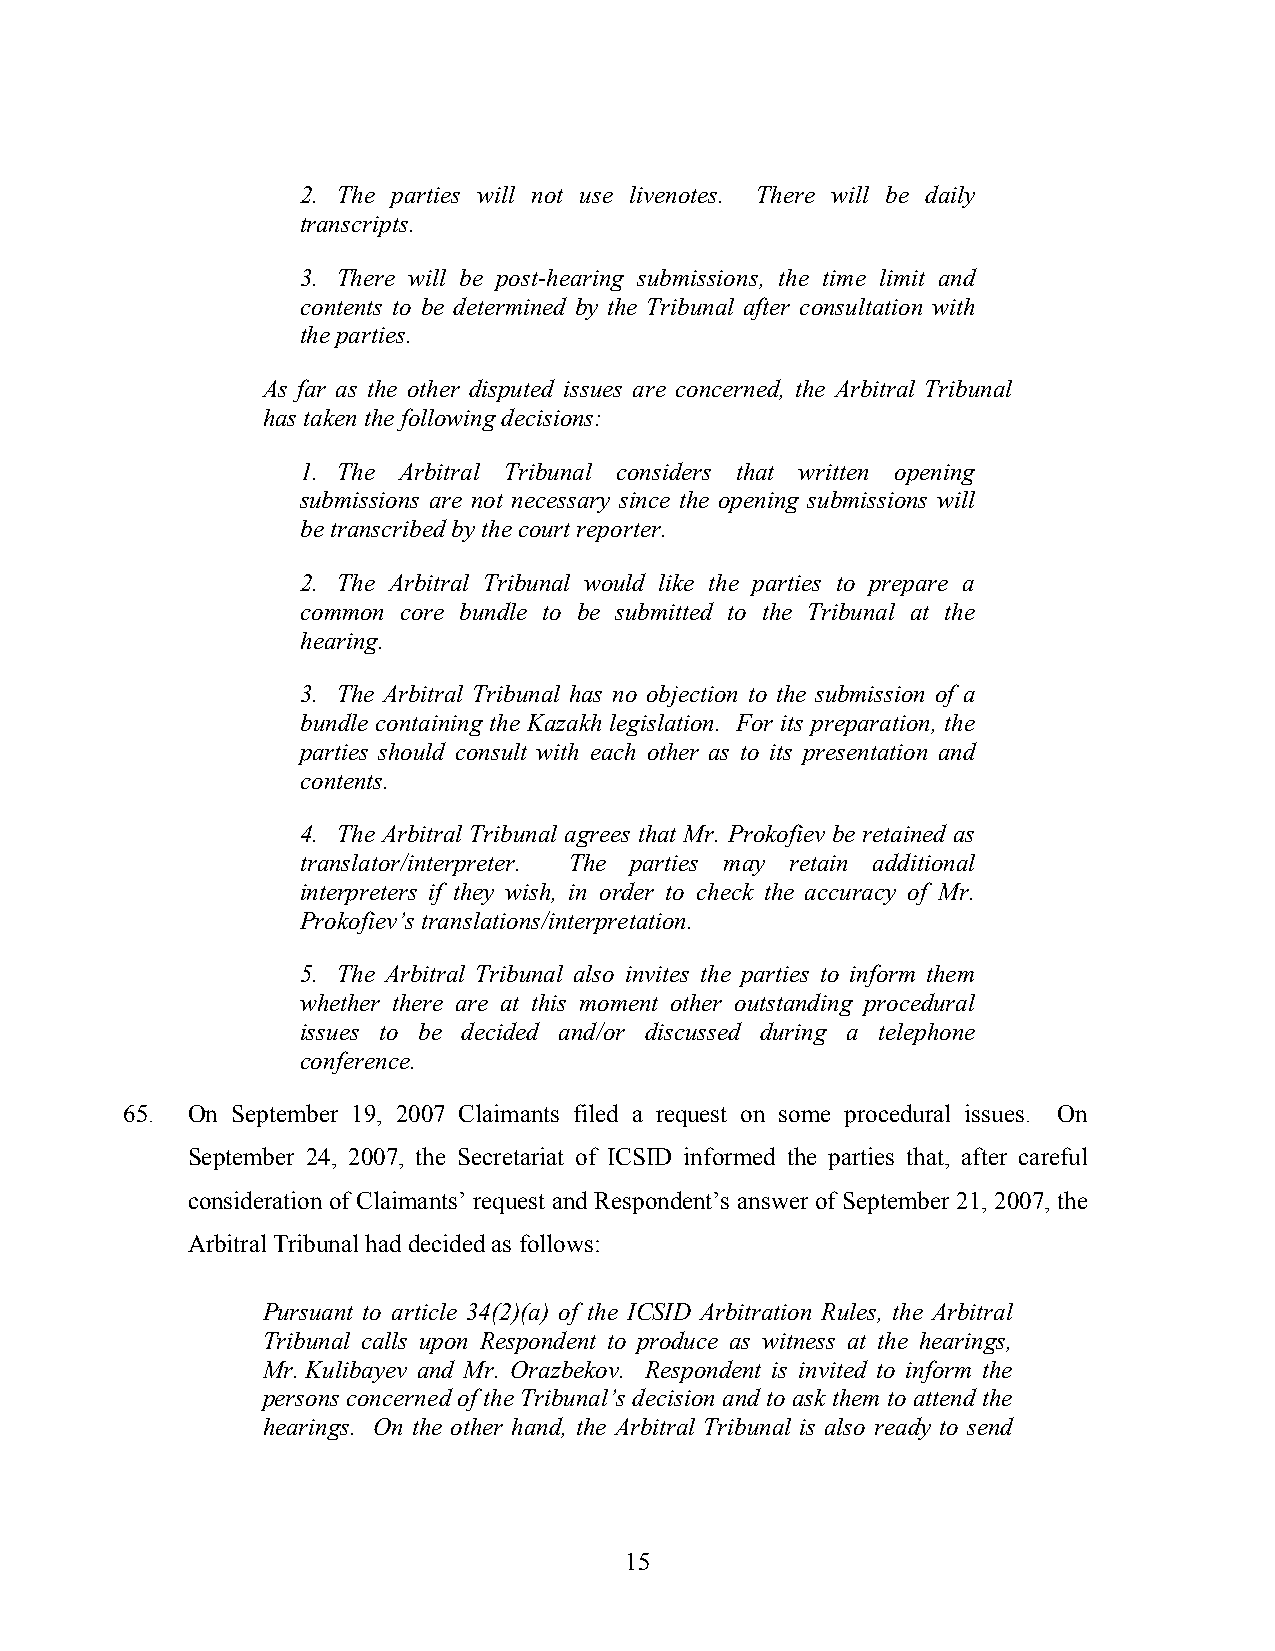
2. The parties will not use livenotes. There will be daily
 transcripts.
 3. There will be post-hearing submissions, the time limit and
 contents to be determined by the Tribunal after consultation with
 the parties.
 As far as the other disputed issues are concerned, the Arbitral Tribunal
 has taken the following decisions:
 1. The Arbitral Tribunal considers that written opening
 submissions are not necessary since the opening submissions will
 be transcribed by the court reporter.
 2. The Arbitral Tribunal would like the parties to prepare a
 common core bundle to be submitted to the Tribunal at the
 hearing.
 3. The Arbitral Tribunal has no objection to the submission of a
 bundle containing the Kazakh legislation. For its preparation, the
 parties should consult with each other as to its presentation and
 contents.
 4. The Arbitral Tribunal agrees that Mr. Prokofiev be retained as
 translator/interpreter. The parties may retain additional
 interpreters if they wish, in order to check the accuracy of Mr.
 Prokofiev’s translations/interpretation.
 5. The Arbitral Tribunal also invites the parties to inform them
 whether there are at this moment other outstanding procedural
 issues to be decided and/or discussed during a telephone
 conference.
 65. On September 19, 2007 Claimants filed a request on some procedural issues. On
 September 24, 2007, the Secretariat of ICSID informed the parties that, after careful
 consideration of Claimants’ request and Respondent’s answer of September 21, 2007, the
 Arbitral Tribunal had decided as follows:
 Pursuant to article 34(2)(a) of the ICSID Arbitration Rules, the Arbitral
 Tribunal calls upon Respondent to produce as witness at the hearings,
 Mr. Kulibayev and Mr. Orazbekov. Respondent is invited to inform the
 persons concerned of the Tribunal’s decision and to ask them to attend the
 hearings. On the other hand, the Arbitral Tribunal is also ready to send
 15